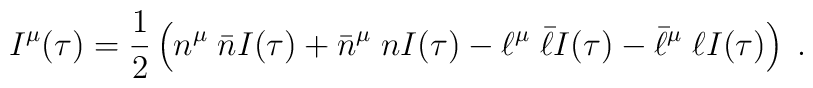
I^{\mu}(\tau)=\frac{1}{2}\left(n^{\mu}\;\bar{n}I(\tau) +\bar{n}^{\mu}\;nI(\tau)-\ell^{\mu}\;\bar{\ell}I(\tau) -\bar{\ell}^{\mu}\;\ell I(\tau) \right)\;.